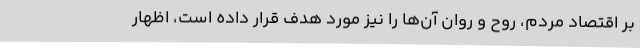
بر اقتصاد مردم، روح و روان آن‌ها را نیز مورد هدف قرار داده است، اظهار